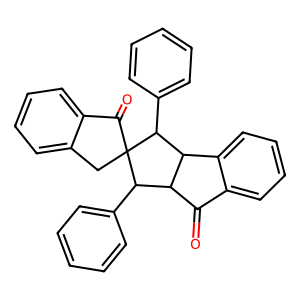
SMILES: O=C1c2ccccc2C2C1C(c1ccccc1)C1(Cc3ccccc3C1=O)C2c1ccccc1
Inhibits HIV replication: No